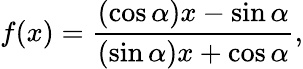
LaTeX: f(x)={\frac{(\cos\alpha)x-\sin\alpha}{(\sin\alpha)x+\cos\alpha}},